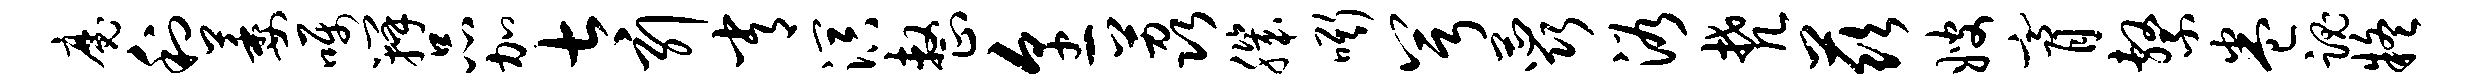
魔利萎嘱瓣品加太引常溟整烹荔肌嘶兮蕊浴梵兹嫂膏系卷魂疑